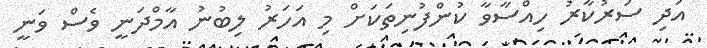
އަދި ސަރުކާރު ހިއްސާވާ ކުންފުނިތަކަށް މި އަހަރު ލިބުނު އާމްދަނީ ވެސް ވަނީ